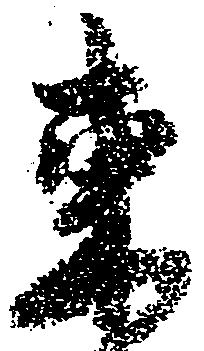
東